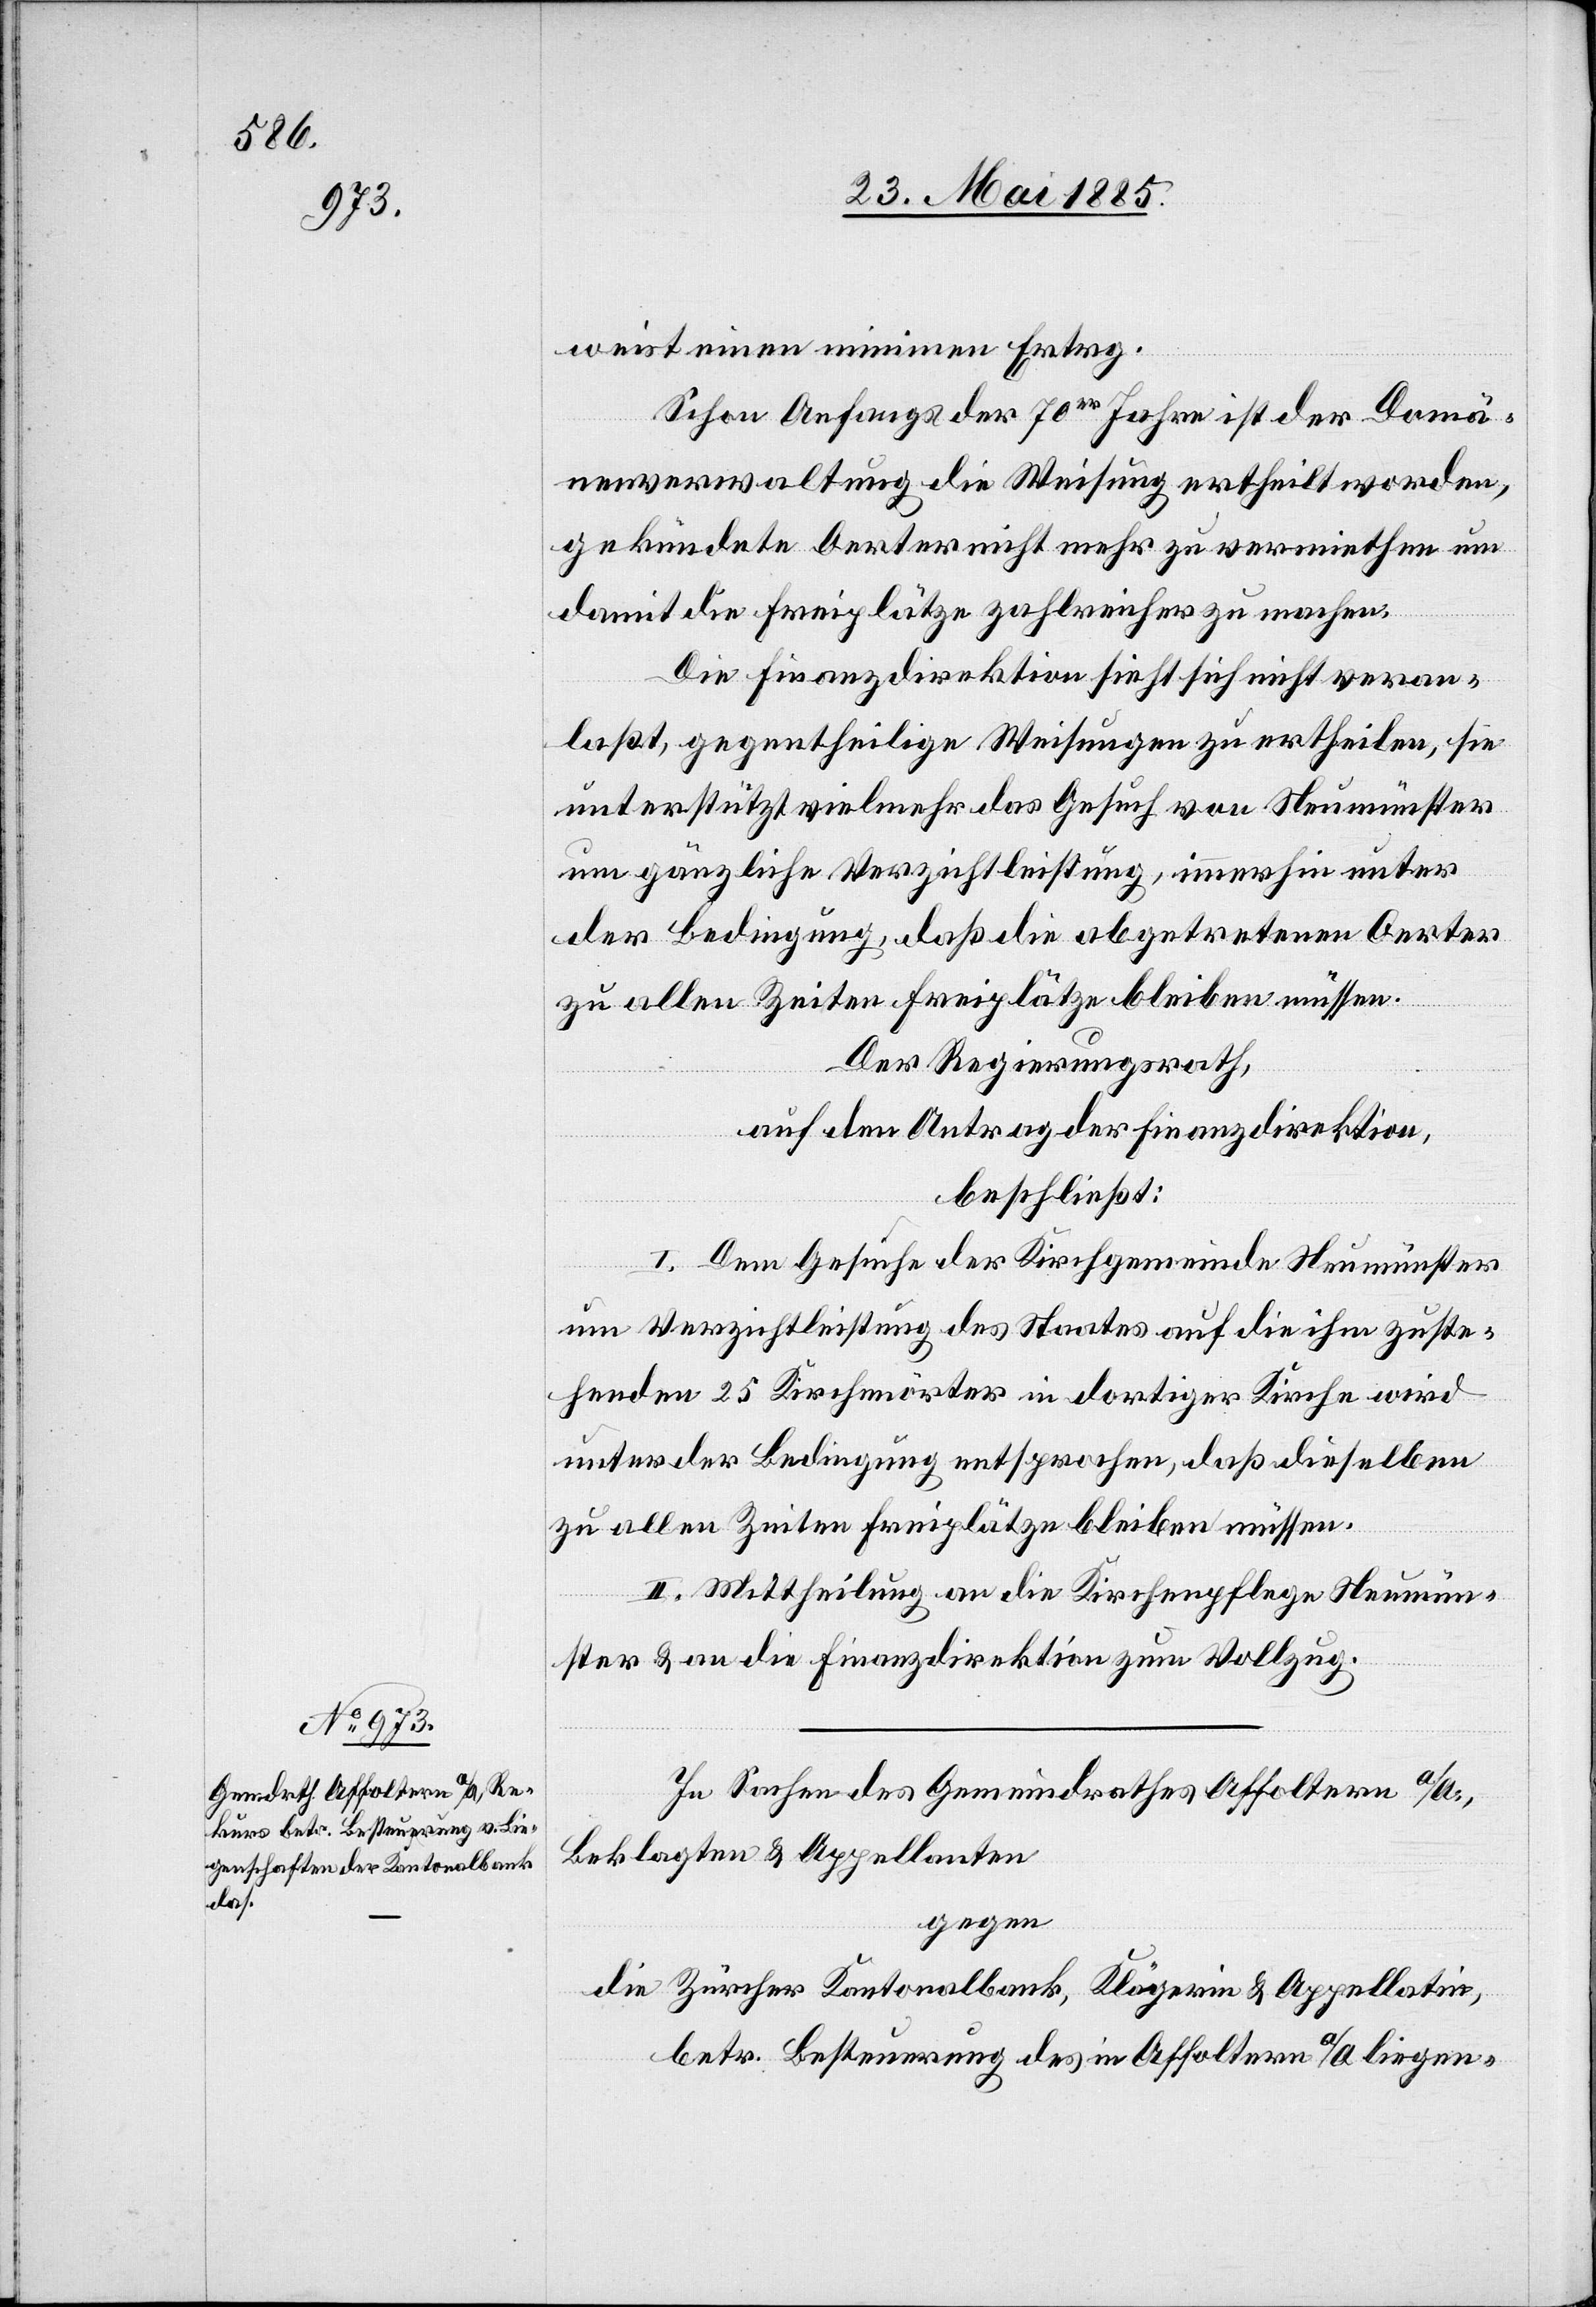
weist einen minimen Ertrag.
Schon Anfangs der 70er Jahre ist der Domä¬
nenverwaltung die Weisung ertheilt worden,
gekündete Oerter nicht mehr zu vermiethen um
damit die Freiplätze zahlreicher zu machen.
Die Finanzdirektion sieht sich nicht veran¬
laßt, gegentheilige Weisungen zu ertheilen, sie
unterstützt vielmehr das Gesuch von Neumünster
um gänzliche Verzichtleistung, immerhin unter
der Bedingung, daß die abgetretenen Oerter
zu allen Zeiten Freiplätze bleiben müssen.
Der Regierungsrath,
auf den Antrag der Finanzdirektion,
beschließt:
I. Dem Gesuche der Kirchgemeinde Neumünster
um Verzichtleistung des Staates auf die ihm zuste¬
henden 25 Kirchenörter in dortiger Kirche wird
unter der Bedingung entsprochen, daß dieselben
II. Mittheilung an die Kirchenpflege Neumün¬
ster & an die Finanzdirektion zum Vollzug.
In Sachen des Gemeindrathes Affoltern a/A.,
Beklagten & Appellanten
gegen
die Zürcher Kantonalbank, Klägerin & Appellantin,
betr. Besteuerung des in Affoltern a/A liegen-